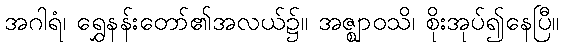
အဂါရံ၊ ရွှေနန်းတော်၏အလယ်၌။ အဇ္ဈာဝသိ၊ စိုးအုပ်၍နေပြီ။